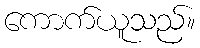
ကောက်ယူသည်။